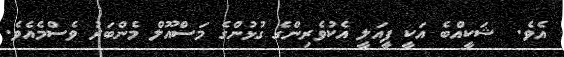
އެވެ.  ޝަކީއްބެ އަކީ ފީއަލީ އެކުވެރިންގެ ގުޅުންގެ މަސްއޫލް މެންބަރު ވެސްމެއެވެ.